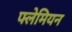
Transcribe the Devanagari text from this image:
फ्लेमियन